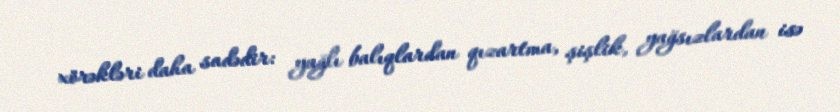
xörəkləri daha sadədir: yağlı balıqlardan qızartma, şişlik, yağsızlardan isə